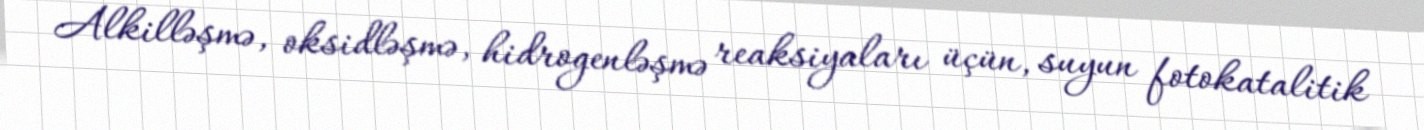
Alkilləşmə, oksidləşmə, hidrogenləşmə reaksiyaları üçün, suyun fotokatalitik